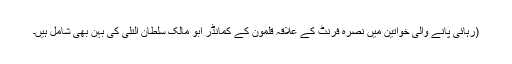
(رہائی پانے والی خواتین میں نصرہ فرنٹ کے علاقہ قلمون کے کمانڈر ابو مالک سلطان التلی کی بہن بھی شامل ہیں۔